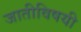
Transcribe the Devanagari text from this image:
जातीविषयी